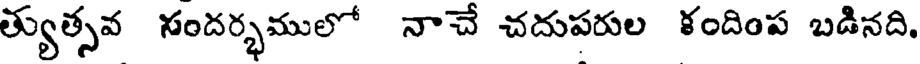
త్యుత్సవ సందర్భములో నాచే చదుపరుల కందింప బడినది,